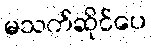
မသက်ဆိုင်ပေ